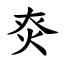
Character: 㶫